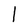
Character: l